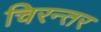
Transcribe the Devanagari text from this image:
चिरन्तर